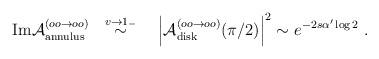
LaTeX: \begin{align*}\ {\rm Im} {\cal A}^{(oo\to oo)}_{\rm annulus}\ \ \stackrel{v\to1_{-}}{\sim}\ \ \ \Bigl\vert {\cal A}^{(oo\to oo)}_{\rm disk}(\pi/2) \Bigr\vert^2 \sim e^{- 2s \alpha^\prime\log 2}\ . \end{align*}